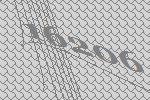
16206